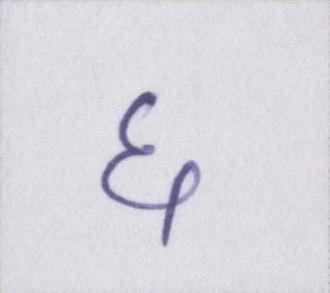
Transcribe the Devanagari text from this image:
६